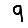
Digit: 9